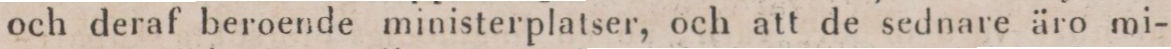
och deraf beroende ministerplatser, och att de sednare äro mi-